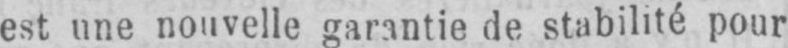
est une nouvelle garantie de stabilité pour